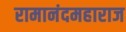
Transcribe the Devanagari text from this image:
रामानंदमहाराज